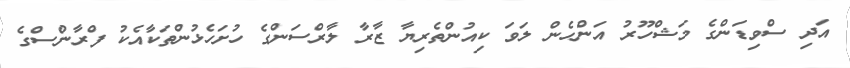
އަދި ސްވިޑަންގެ މަޝްހޫރު އަންހެން ލަވަ ކިއުންތެރިޔާ ޒާރާ ލާރްސަންގެ ހުށަހެޅުންތަކާއެކު ފްރާންސްގެ